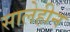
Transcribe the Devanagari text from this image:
सालेहीन